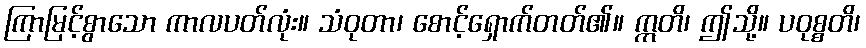
ကြာမြင့်စွာသော ကာလပတ်လုံး။ သံဝုတာ၊ စောင့်ရှောက်တတ်၏။ ဣတိ၊ ဤသို့။ ပဝုစ္စတိ၊